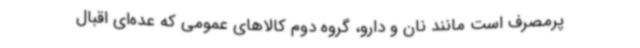
پرمصرف است مانند نان و دارو، گروه دوم کالاهای عمومی که عده‌ای اقبال